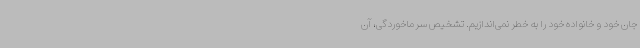
جان خود و خانواده خود را به خطر نمی‌اندازیم. تشخیص سرماخوردگی، آن